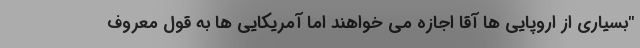
"بسیاری از اروپایی ها آقا اجازه می خواهند اما آمریکایی ها به قول معروف